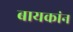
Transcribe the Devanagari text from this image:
बायकांन